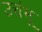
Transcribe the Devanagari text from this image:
उचंभू